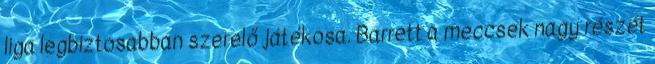
liga legbiztosabban szerelő játékosa. Barrett a meccsek nagy részét